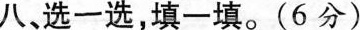
八，选一选，填一填。(6分)